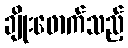
ချိုးဖောက်သည့်